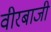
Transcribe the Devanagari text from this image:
वीरबाजी